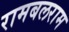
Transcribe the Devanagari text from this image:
रामबलराम